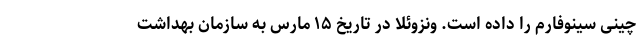
چینی سینوفارم را داده است. ونزوئلا در تاریخ ۱۵ مارس به سازمان بهداشت